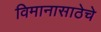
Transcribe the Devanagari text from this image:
विमानासाठेचे